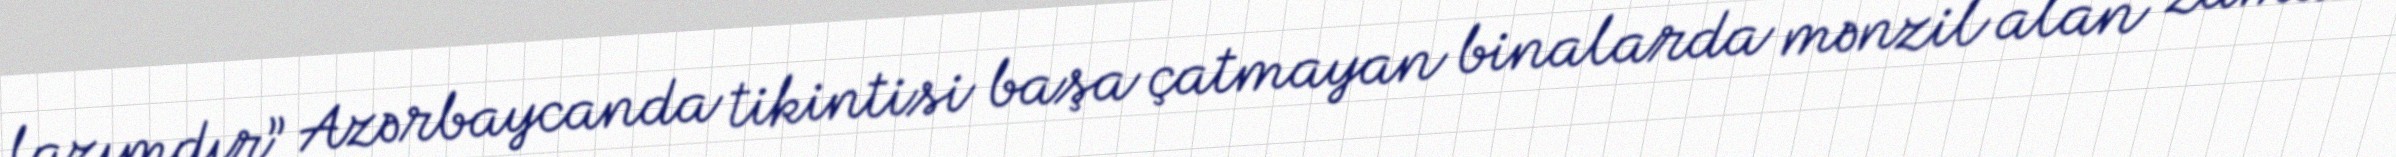
lazımdır” Azərbaycanda tikintisi başa çatmayan binalarda mənzil alan zaman